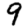
Digit: 9